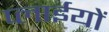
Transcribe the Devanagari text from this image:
प्लाईयों